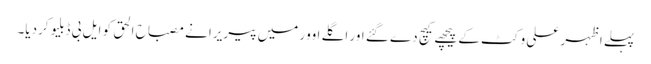
پہلے اظہر علی وکٹ کے پیچھے کیچ دے گئے اور اگلے اوور میں پیریرا نے مصباح الحق کو ایل بی ڈبلیو کردیا۔